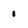
Character: 1